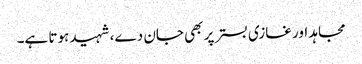
مجاہد اور غازی بستر پر بھی جان دے، شہید ہوتا ہے۔